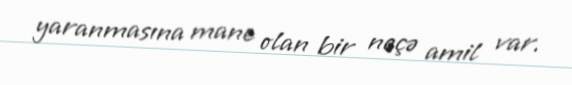
yaranmasına mane olan bir neçə amil var.